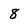
Character: 8